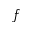
f